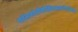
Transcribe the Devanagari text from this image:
फॉसफोरीबोसिलपाइरोफॉसफेट